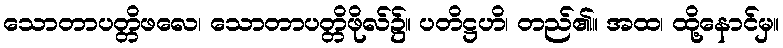
သောတာပတ္တိဖလေ၊ သောတာပတ္တိဖိုလ်၌။ ပတိဋ္ဌဟိ၊ တည်၏။ အထ၊ ထို့နောင်မှ။